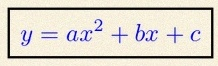
y=ax^2+bx+c